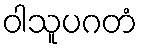
ဝါသူပဂတံ